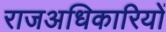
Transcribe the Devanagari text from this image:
राजअधिकारियों